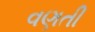
વણતી